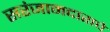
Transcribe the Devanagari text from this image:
सरंजामदाराचे